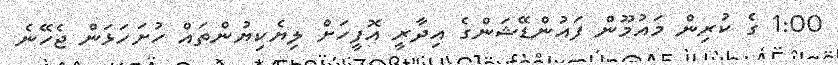
1:00 ގެ ކުރިން މައުމޫން ފައުންޑޭޝަންގެ އިދާރީ އޮފީހަށް ލިޔެކިޔުންތައް ހުށަހަޅަން ޖެހޭނެ